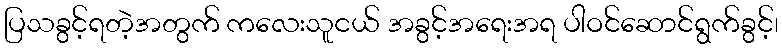
ပြသခွင့်ရတဲ့အတွက် ကလေးသူငယ် အခွင့်အရေးအရ ပါဝင်ဆောင်ရွက်ခွင့်၊